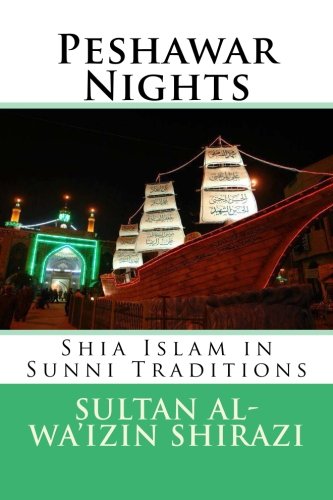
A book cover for Peshawar Nights: Shia Islam in Sunni Traditions; Sultanul Wa'izin Shirazi; Religion & Spirituality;